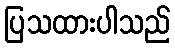
ပြသထားပါသည်